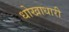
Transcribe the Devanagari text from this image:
धोखाधारी